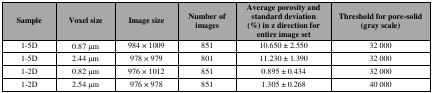
| Sample | Voxel size | Image size | Number of images | Average porosity and standard deviation (%) in z direction for entire image set | Threshold for pore-solid (gray scale) |
 | --- | --- | --- | --- | --- | --- |
 | 1–5D | 0.87 μm | 984 × 1009 | 851 | 10.650 ± 2.550 | 32 000 |
 | 1–5D | 2.44 μm | 978 × 979 | 801 | 11.230 ± 1.390 | 32 000 |
 | 1–2D | 0.82 μm | 976 × 1012 | 851 | 0.895 ± 0.434 | 32 000 |
 | 1–2D | 2.54 μm | 976 × 978 | 851 | 1.305 ± 0.268 | 40 000 |